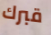
قبرك